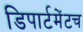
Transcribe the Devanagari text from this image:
डिपार्टमेंटच